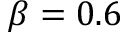
\beta = 0 . 6